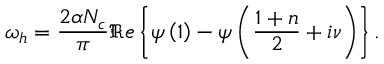
\omega _ { h } = \frac { 2 \alpha N _ { c } } { \pi } \Re e \left\{ \psi \left( 1 \right) - \psi \left( \frac { 1 + n } 2 + i \nu \right) \right\} .